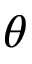
\theta